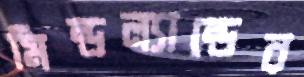
মিন্ডল্যান্ডের